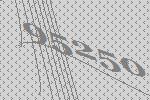
95250